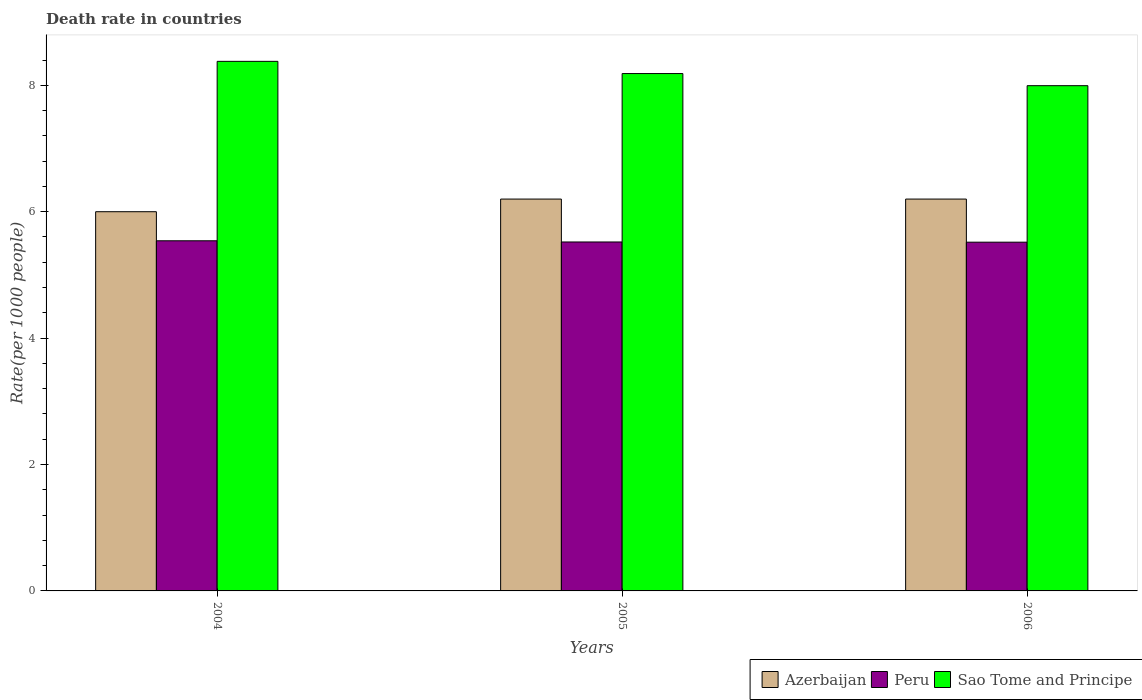
| Years | Azerbaijan | Peru | Sao Tome and Principe |
 | --- | --- | --- | --- |
 | 2004 | 6 | 5.54 | 8.38 |
 | 2005 | 6.2 | 5.52 | 8.19 |
 | 2006 | 6.2 | 5.52 | 7.99 |